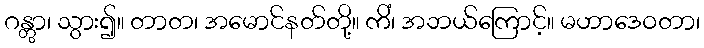
ဂန္တွာ၊ သွား၍။ တာတ၊ အမောင်နတ်တို့။ ကိံ၊ အဘယ်ကြောင့်။ မဟာဒေဝတာ၊